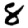
Digit: 8